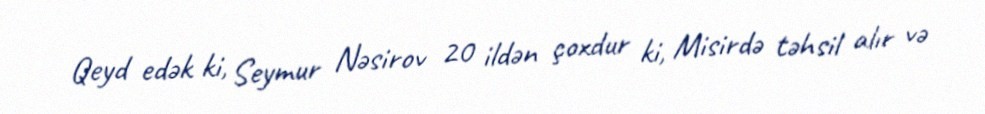
Qeyd edək ki, Seymur Nəsirov 20 ildən çoxdur ki, Misirdə təhsil alır və